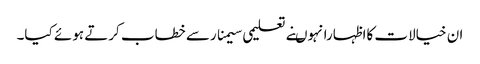
ان خیالات کااظہارانہوںنے تعلیمی سیمنارسے خطاب کرتے ہوئے کیا۔